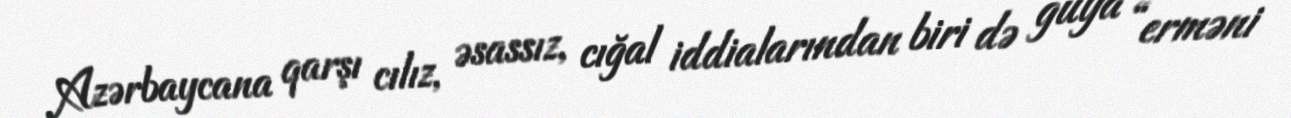
Azərbaycana qarşı cılız, əsassız, cığal iddialarından biri də guya “erməni